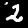
Digit: 2